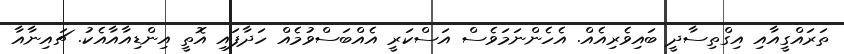
ތަރައްގީއާއި އިގްތިސާދީ ބައިވެރިއެއް. އެެހެންނަމަވެސް އަސްކަރީ އެއްބަސްވުމެއް ހަދާފައި އޮތީ އިންޑިއާއާއެކު. ޗައިނާއާ